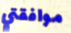
موافقتي